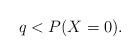
LaTeX: \begin{align*} q<P(X=0).\end{align*}